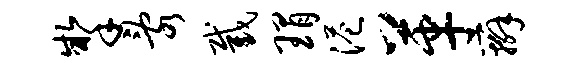
掣乱截瑁港革辫